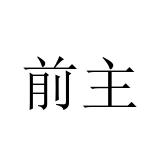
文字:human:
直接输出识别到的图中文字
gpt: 前主